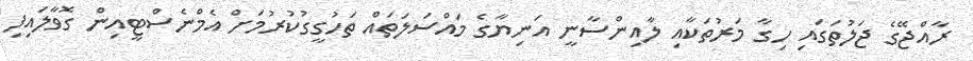
ރާއްޖޭގެ ޖަލުތަގައި ހިގާ މަރުތަކާއި ލާއިންސާނީ އަނިޔާގެ މައްސަލަތައް ތަހުގީގުކުރުމަށް އެމްނެސްޓީއިން ގޮވާލައިފި